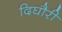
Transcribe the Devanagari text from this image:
दिघौरी